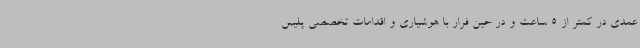
عمدی در کمتر از 5 ساعت و در حین فرار با هوشیاری و اقدامات تخصصی پلیس